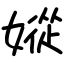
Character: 㜡